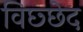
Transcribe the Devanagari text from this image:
विछ्छेद